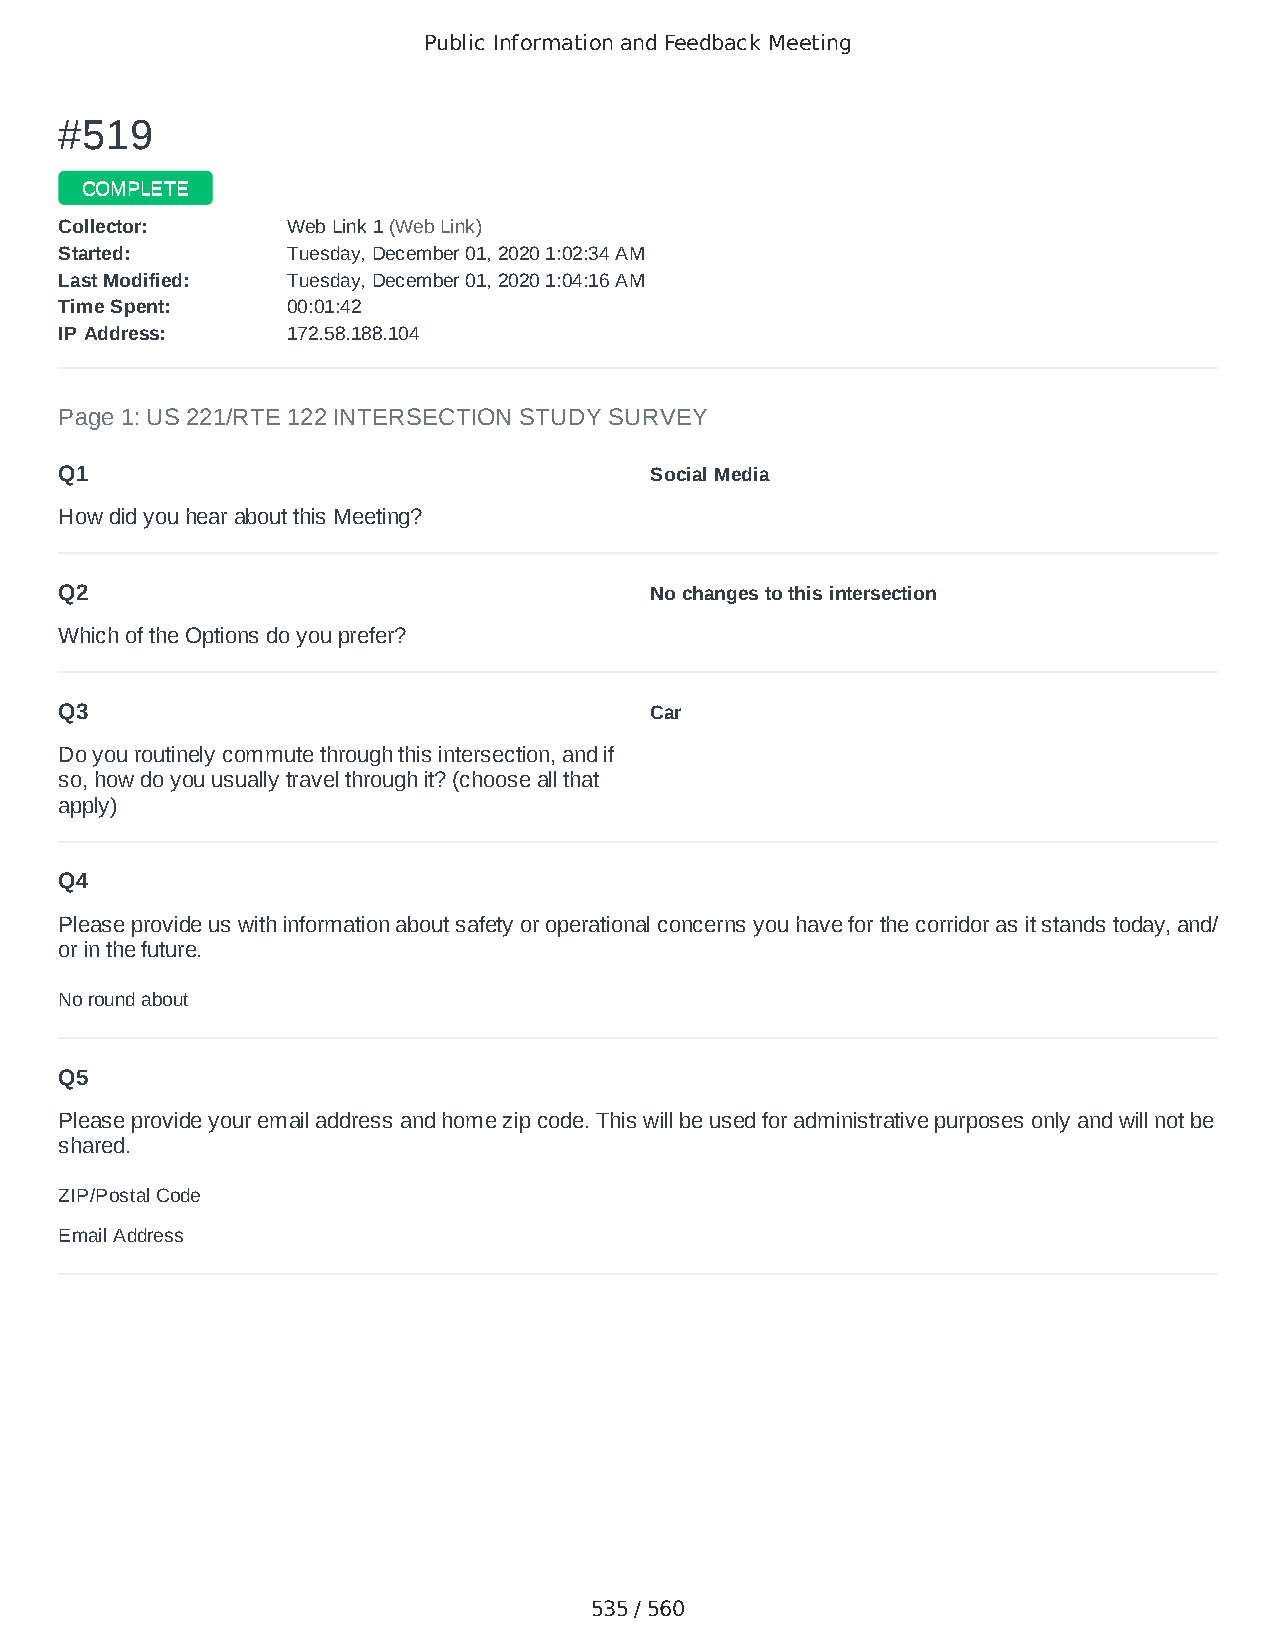
Public Information and Feedback Meeting
 ##551199
 CCOOMMPPLLEETTEE
 CCoolllleeccttoorr:: WWeebb LLiinnkk 11 ((WWeebb LLiinnkk))
 SSttaarrtteedd:: TTuueessddaayy,, DDeecceemmbbeerr 0011,, 22002200 11::0022::3344 AAMM
 LLaasstt MMooddiiffiieedd:: TTuueessddaayy,, DDeecceemmbbeerr 0011,, 22002200 11::0044::1166 AAMM
 TTiimmee SSppeenntt:: 0000::0011::4422
 IIPP AAddddrreessss:: 117722..5588..118888..110044
 Page 1: US 221/RTE 122 INTERSECTION STUDY SURVEY
 Q1                                     Social Media
 How did you hear about this Meeting?
 Q2                                     No changes to this intersection
 Which of the Options do you prefer?
 Q3                                     Car
 Do you routinely commute through this intersection, and if
 so, how do you usually travel through it? (choose all that
 apply)
 Q4
 Please provide us with information about safety or operational concerns you have for the corridor as it stands today, and/
 or in the future.
 No round about
 Q5
 Please provide your email address and home zip code. This will be used for administrative purposes only and will not be
 shared.
 ZIP/Postal Code                        24523
 Email Address                          none
 535 / 560